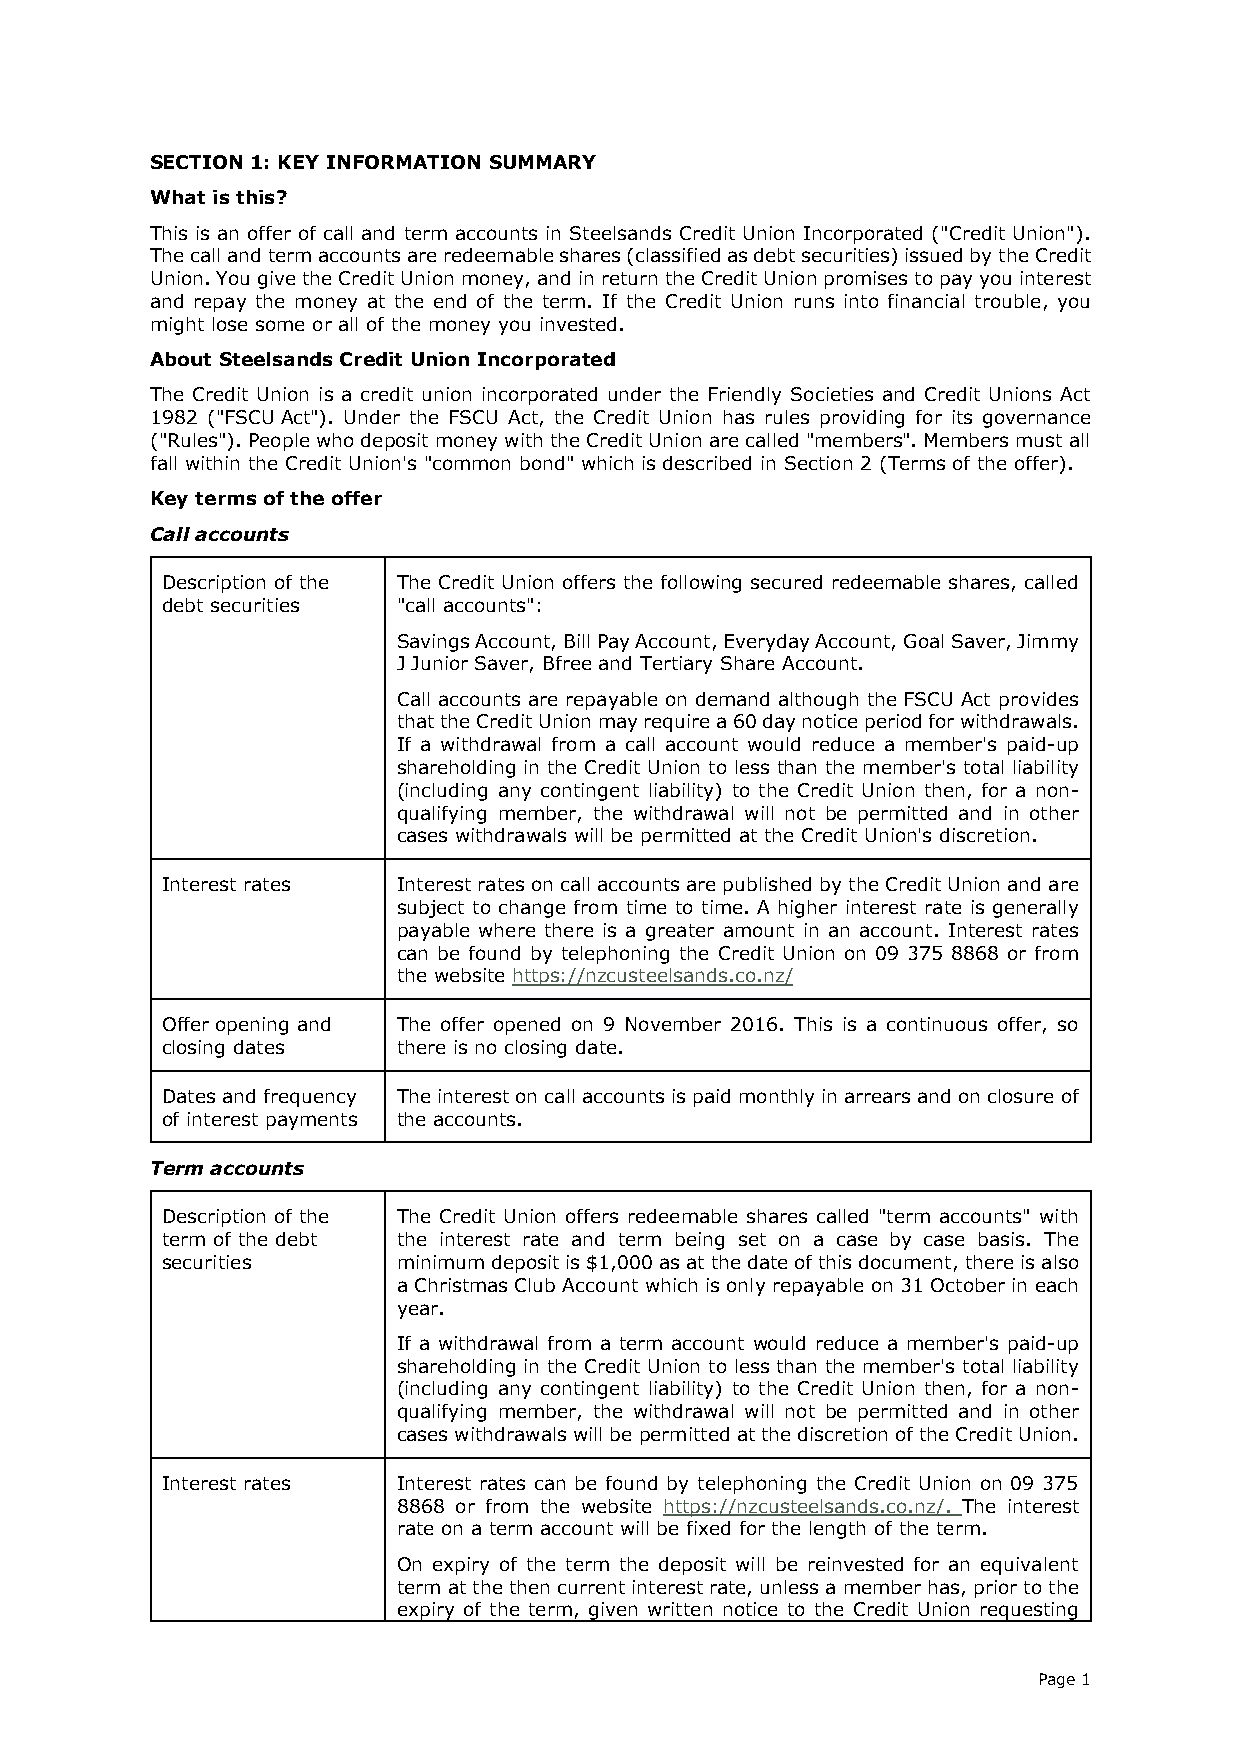
SECTION 1: KEY INFORMATION SUMMARY
 What is this?
 This is an offer of call and term accounts in Steelsands Credit Union Incorporated ("Credit Union").
 The call and term accounts are redeemable shares (classified as debt securities) issued by the Credit
 Union. You give the Credit Union money, and in return the Credit Union promises to pay you interest
 and repay the money at the end of the term. If the Credit Union runs into financial trouble, you
 might lose some or all of the money you invested.
 About Steelsands Credit Union Incorporated
 The Credit Union is a credit union incorporated under the Friendly Societies and Credit Unions Act
 1982 ("FSCU Act"). Under the FSCU Act, the Credit Union has rules providing for its governance
 ("Rules"). People who deposit money with the Credit Union are called "members". Members must all
 fall within the Credit Union's "common bond" which is described in Section 2 (Terms of the offer).
 Key terms of the offer
 Call accounts
 Description of the The Credit Union offers the following secured redeemable shares, called
 debt securities "call accounts":
 Savings Account, Bill Pay Account, Everyday Account, Goal Saver, Jimmy
 J Junior Saver, Bfree and Tertiary Share Account.
 Call accounts are repayable on demand although the FSCU Act provides
 that the Credit Union may require a 60 day notice period for withdrawals.
 If a withdrawal from a call account would reduce a member's paid-up
 shareholding in the Credit Union to less than the member's total liability
 (including any contingent liability) to the Credit Union then, for a non-
 qualifying member, the withdrawal will not be permitted and in other
 cases withdrawals will be permitted at the Credit Union's discretion.
 Interest rates Interest rates on call accounts are published by the Credit Union and are
 subject to change from time to time. A higher interest rate is generally
 payable where there is a greater amount in an account. Interest rates
 can be found by telephoning the Credit Union on 09 375 8868 or from
 the website https://nzcusteelsands.co.nz/
 Offer opening and The offer opened on 9 November 2016. This is a continuous offer, so
 closing dates  there is no closing date.
 Dates and frequency The interest on call accounts is paid monthly in arrears and on closure of
 of interest payments the accounts.
 Term accounts
 Description of the The Credit Union offers redeemable shares called "term accounts" with
 term of the debt the interest rate and term being set on a case by case basis. The
 securities     minimum deposit is $1,000 as at the date of this document, there is also
 a Christmas Club Account which is only repayable on 31 October in each
 year.
 If a withdrawal from a term account would reduce a member's paid-up
 shareholding in the Credit Union to less than the member's total liability
 (including any contingent liability) to the Credit Union then, for a non-
 qualifying member, the withdrawal will not be permitted and in other
 cases withdrawals will be permitted at the discretion of the Credit Union.
 Interest rates Interest rates can be found by telephoning the Credit Union on 09 375
 8868 or from the website https://nzcusteelsands.co.nz/. The interest
 rate on a term account will be fixed for the length of the term.
 On expiry of the term the deposit will be reinvested for an equivalent
 term at the then current interest rate, unless a member has, prior to the
 expiry of the term, given written notice to the Credit Union requesting
 Page 1